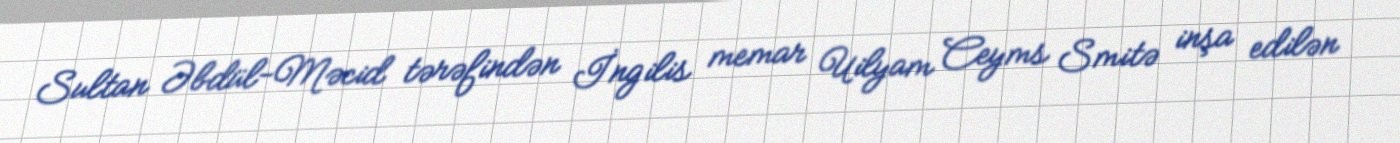
Sultan Əbdül-Məcid tərəfindən İngilis memar Uilyam Ceyms Smitə inşa edilən